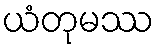
ယံတုမဿ